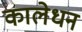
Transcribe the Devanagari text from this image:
कालेधन